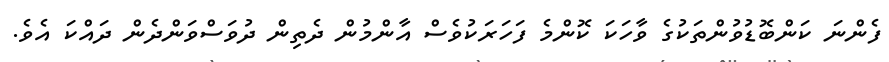
ފެންނަ ކަންބޮޑުވުންތަކުގެ ވާހަކަ ކޮންމެ ފަހަރަކުވެސް އާންމުން ދެތިން ދުވަސްވަންދެން ދައްކަ އެވެ.